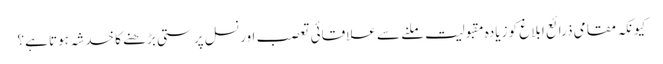
کیونکہ مقامی ذرائع ابلاغ کو زیادہ مقبولیت ملنے سے علاقائی تعصب اور نسل پرستی بڑھنے کا خدشہ ہوتا ہے؟